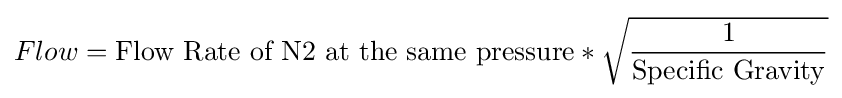
Flow={\text{Flow Rate of N2 at the same pressure}}*{\sqrt {\frac {1}{\text{Specific Gravity}}}}